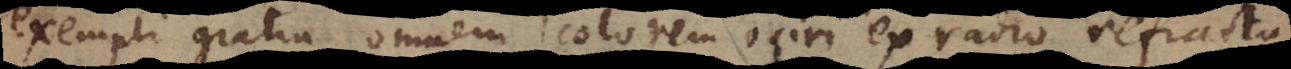
exempli gratia omnem colorem oriri ex radio refracto